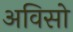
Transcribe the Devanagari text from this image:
अविसो